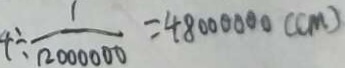
4 \div \frac { 1 } { ( 1 2 0 0 0 0 0 0 ) } = 4 8 0 0 0 0 0 0 ( c m )